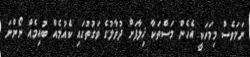
ނަމަވެސް މިމަހަކީ އެހެން މަސްތަކާ ޚިލާފަށް ދުވާލުގެ ވަގުތުގައި ކެއުމެއް ބުއިމެއް ނޯންނަ